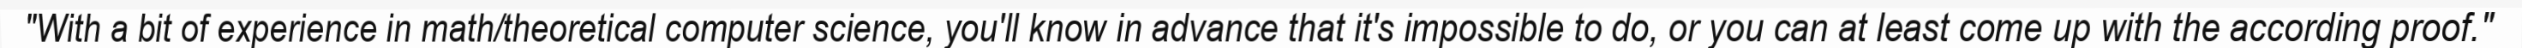
"With a bit of experience in math/theoretical computer science, you'll know in advance that it's impossible to do, or you can at least come up with the according proof."